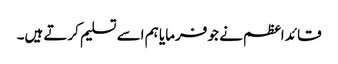
قائد اعظم نے جو فرمایا ہم اسے تسلیم کرتے ہیں۔